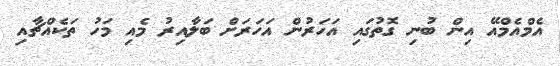
އެމްއެމްއޭ އިން ބުނި ގޮތުގައި އަހަރުން އަހަރަށް ބަލާއިރު މެއި މަހު ތަކެއްޗާއި